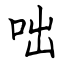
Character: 咄